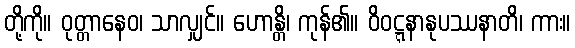
တို့ကို။ ဝုတ္တာနေဝ၊ သာလျှင်။ ဟောန္တိ၊ ကုန်၏။ ဝိဝဋ္ဋနာနုပဿနာတိ၊ ကား။